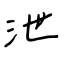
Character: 泄